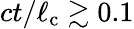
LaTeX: ct/\ell_{\mathrm{c}}\gtrsim 0.1